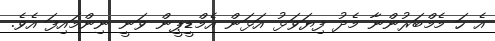
އެ ހަ މެމްބަރުންނާ މެދު ފިޔަވަޅު އަޅަން އެމްޑީޕީން ވަނީ ނިންމައިފަ އެވެ.